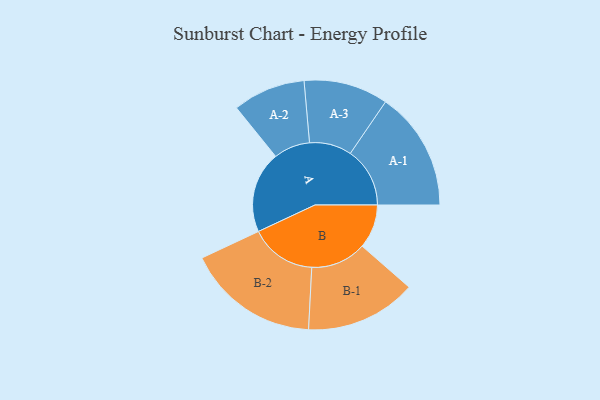
{"axis": {"x": "Segment", "y": "Value"}, "legend": ["", "A", "B"], "data": [{"x": "A", "y": 361, "type": ""}, {"x": "B", "y": 195, "type": ""}, {"x": "A-1", "y": 264, "type": "A"}, {"x": "A-2", "y": 161, "type": "A"}, {"x": "A-3", "y": 187, "type": "A"}, {"x": "B-1", "y": 246, "type": "B"}, {"x": "B-2", "y": 294, "type": "B"}]}